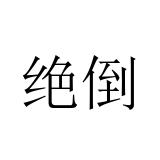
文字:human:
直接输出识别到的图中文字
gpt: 绝倒